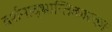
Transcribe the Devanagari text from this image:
दर्शनाद्भ्रान्तिकारकाः